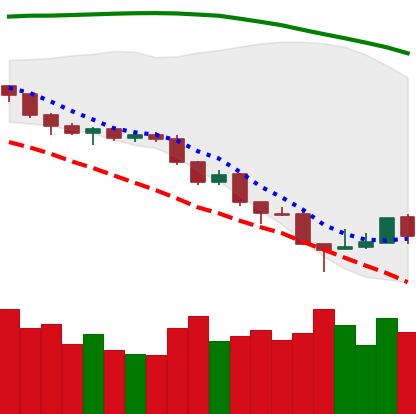
Ticker: ETH-USD
Chart end date: 2018-08-18
Forward return: -6.324%
Label: down_5_7